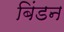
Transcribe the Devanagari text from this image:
बिंडन